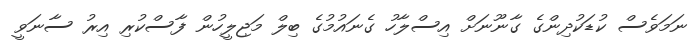
ނަމަވެސް ކުޑަކުދިންގެ ގާނޫނަށް އިސްލާހު ގެނައުމުގެ ބިލް މަޖިލީހުން ފާސްކުރި އިރު ސާނަވީ